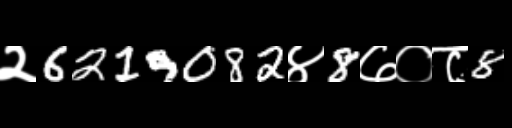
Text: २6219082४8७०८8